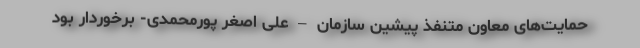
حمایت‌های معاون متنفذ پیشین سازمان – علی اصغر پورمحمدی- برخوردار بود